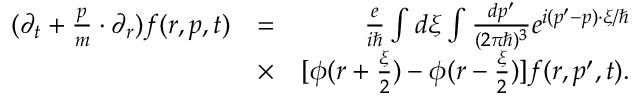
\begin{array} { r l r } { ( \partial _ { t } + \frac { \boldsymbol { p } } { m } \cdot \partial _ { r } ) f ( \boldsymbol { r } , \boldsymbol { p } , t ) } & { = } & { \frac { e } { i \hbar } \int d \boldsymbol { \xi } \int \frac { d \boldsymbol { p ^ { \prime } } } { ( 2 \pi \hbar ) ^ { 3 } } e ^ { i ( \boldsymbol { p ^ { \prime } } - \boldsymbol { p } ) \cdot \boldsymbol { \xi } / \hbar } } \\ & { \times } & { [ \phi ( \boldsymbol { r } + \frac { \boldsymbol { \xi } } { 2 } ) - \phi ( \boldsymbol { r } - \frac { \boldsymbol { \xi } } { 2 } ) ] f ( \boldsymbol { r } , \boldsymbol { p ^ { \prime } } , t ) . } \end{array}